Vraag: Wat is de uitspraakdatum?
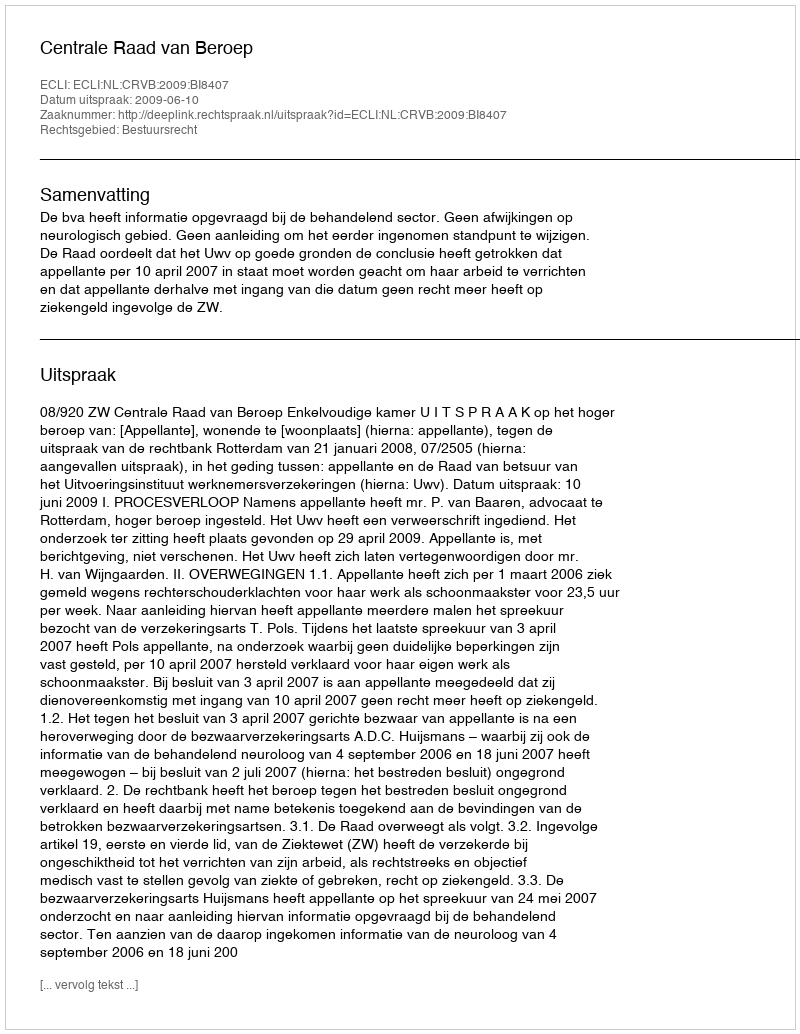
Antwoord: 2009-06-10